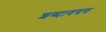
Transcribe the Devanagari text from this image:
शब्दावयव